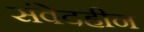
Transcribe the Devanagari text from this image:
संवेदहीन